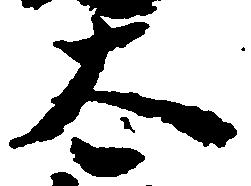
太